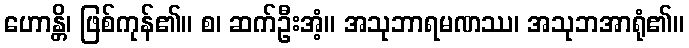
ဟောန္တိ၊ ဖြစ်ကုန်၏။ စ၊ ဆက်ဦးအံ့။ အသုဘာရမဏဿ၊ အသုဘအာရုံ၏။